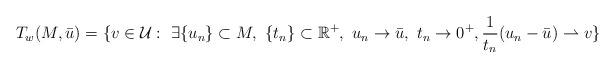
LaTeX: \begin{align*}T_w(M, \bar{u}) = \{v\in \mathcal{U}:\ \exists \{u_n\}\subset M,\ \{t_n\}\subset \mathbb{R}^+,\ u_n \rightarrow \bar{u}, \ t_n\rightarrow 0^+, \frac{1}{t_n}(u_n - \bar{u})\rightharpoonup v\}\end{align*}